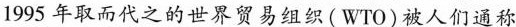
1995年取而代之的世界贸易组织(WTO)被人们通称